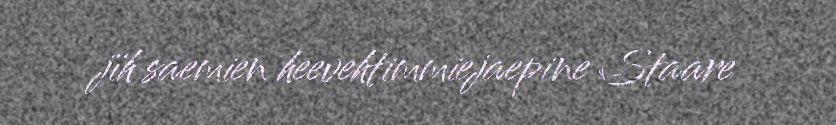
jïh saemien heevehtimmiejaepine Staare